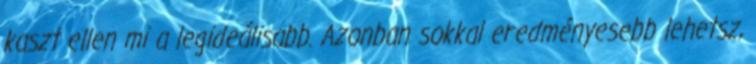
kaszt ellen mi a legideálisabb. Azonban sokkal eredményesebb lehetsz,